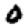
Digit: 0